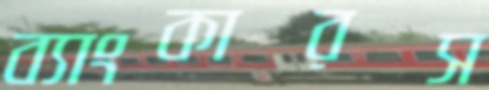
ব্যাংকারস